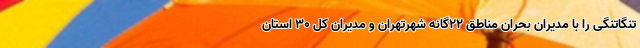
تنگاتنگی را با مدیران بحران مناطق ۲۲گانه شهرتهران و مدیران کل ۳۰ استان